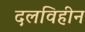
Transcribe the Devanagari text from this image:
दलविहीन